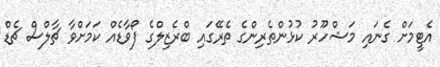
އެޓީމަށް ގެނައި މަޝްހޫރު ކުޅުންތެރިންގެ ތެރޭގައި ބްރެޒިލްގެ ފޯވާޑެއް ކަމަށްވާ ޗާލްސް ޗެޑް